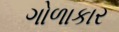
ગોળાકાર